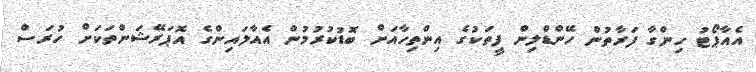
އެއާޕޯޓު ހިންގާ ފަރާތުން ހޭންޑްލިން ފީތަކުގެ އިންތިހާއަށް ބޮޑުކުރުމުން އެއާލައިންގެ އޮޕަރޭޝަންތަކަށް ހުރަސް